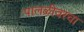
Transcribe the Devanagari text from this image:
पालळीवरचा